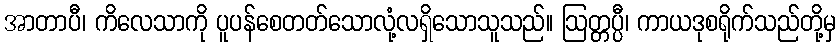
အာတာပီ၊ ကိလေသာကို ပူပန်စေတတ်သောလုံ့လရှိသောသူသည်။ ဩတ္တပ္ပီ၊ ကာယဒုစရိုက်သည်တို့မှ